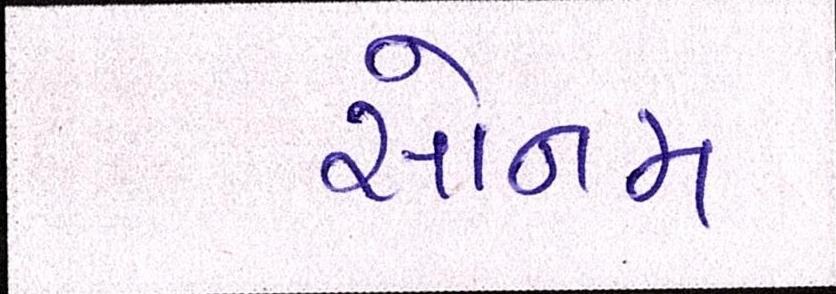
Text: સોનમ